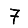
Digit: 7